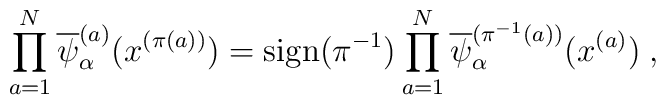
\prod_{a=1}^N \overline{\psi}^{(a)}_\alpha(x^{(\pi(a))}) =\mbox{sign}(\pi^{-1}) \prod_{a=1}^N\overline{\psi}^{(\pi^{-1}(a))}_{\alpha}(x^{(a)})\; ,